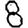
Digit: 8